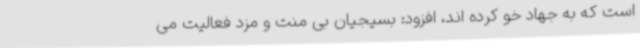
است که به جهاد خو کرده اند، افزود: بسیجیان بی منت و مزد فعالیت می